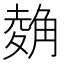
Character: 𧤂